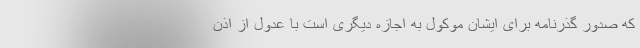
که صدور گذرنامه برای ایشان موکول به اجازه دیگری است با عدول از اذن